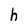
Character: h